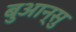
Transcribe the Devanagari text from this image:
बुआन्सु